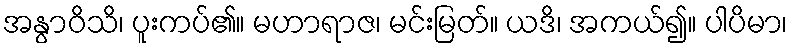
အနွာဝိသိ၊ ပူးကပ်၏။ မဟာရာဇ၊ မင်းမြတ်။ ယဒိ၊ အကယ်၍။ ပါပိမာ၊